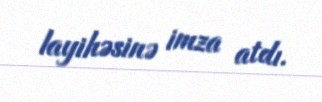
layihəsinə imza atdı.